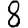
Digit: 8